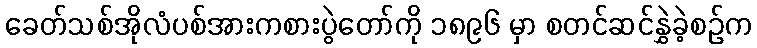
ခေတ်သစ်အိုလံပစ်အားကစားပွဲတော်ကို ၁၈၉၆ မှာ စတင်ဆင်နွှဲခဲ့စဉ်က